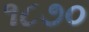
૧૮૭૦